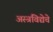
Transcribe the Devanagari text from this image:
अस्त्रविद्येचे